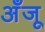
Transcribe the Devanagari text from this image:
अँजू